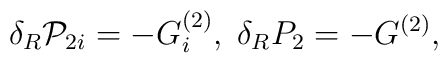
\delta _R{\cal P}_{2i}=-G_i^{(2)},\;\delta _RP_2=-G^{(2)},